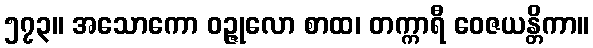
၅၇၃။ အသောကော ဝဉ္ဇုလော စာထ၊ တက္ကာရီ ဝေဇယန္တိကာ။